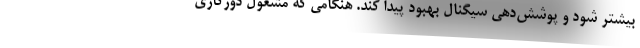
بیشتر شود و پوشش‌دهی سیگنال بهبود پیدا کند. هنگامی که مشغول دورکاری